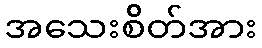
အသေးစိတ်အား